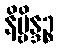
နိဗ္ဗိန္ဒဉ္စ